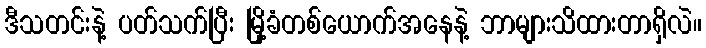
ဒီသတင်းနဲ့ ပတ်သက်ပြီး မြို့ခံတစ်ယောက်အနေနဲ့ ဘာများသိထားတာရှိလဲ။